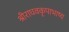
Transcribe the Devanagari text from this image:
श्रीराघवकृपाभाष्य